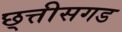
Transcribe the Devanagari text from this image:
छ्त्तीसगड